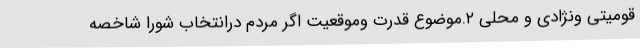
قومیتی ونژادی و محلی ۲.موضوع قدرت وموقعیت اگر مردم درانتخاب شورا شاخصه